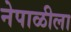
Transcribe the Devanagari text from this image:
नेपाळीला